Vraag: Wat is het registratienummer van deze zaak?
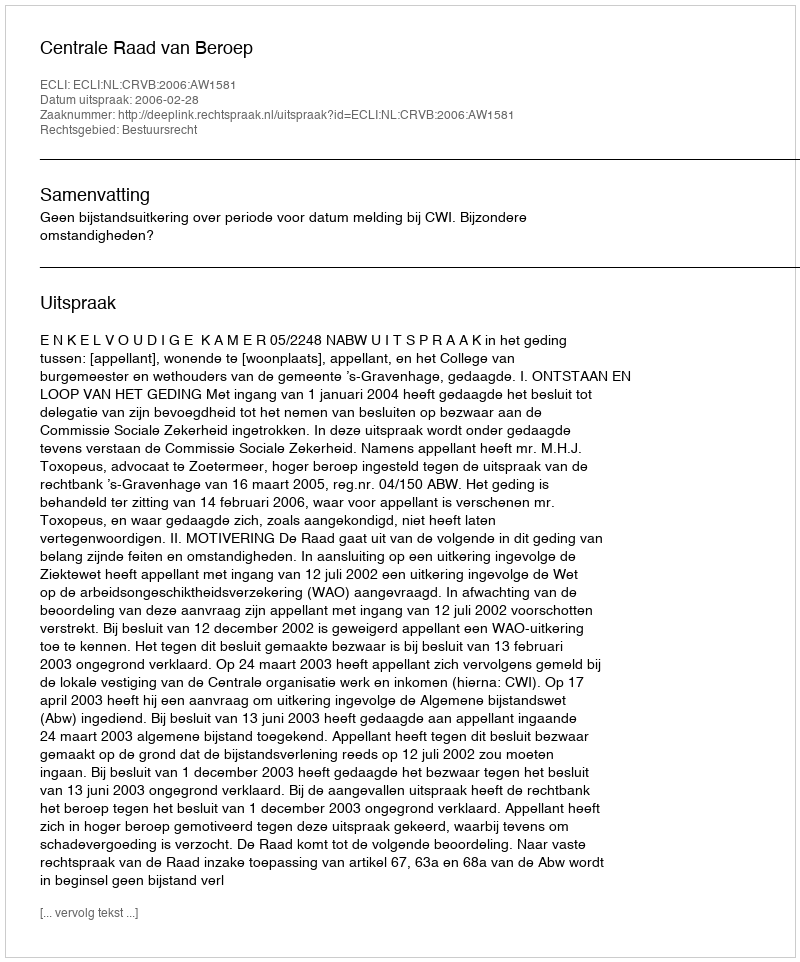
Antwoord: http://deeplink.rechtspraak.nl/uitspraak?id=ECLI:NL:CRVB:2006:AW1581